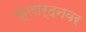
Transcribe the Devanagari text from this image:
क्लार्दनवर